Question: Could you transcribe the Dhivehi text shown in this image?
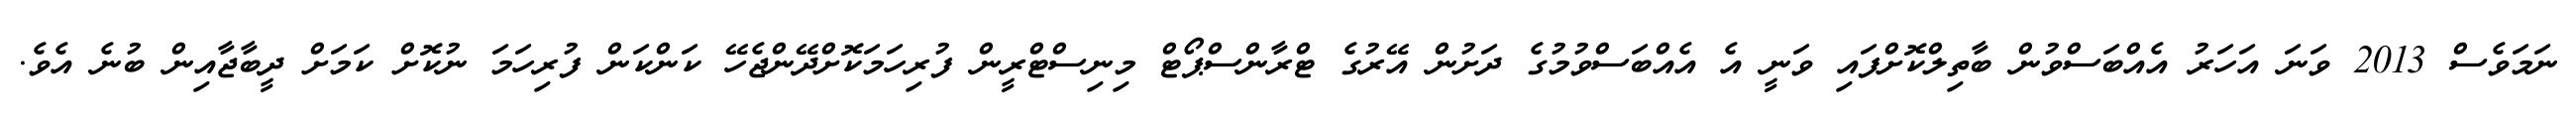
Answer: ނަމަވެސް 2013 ވަނަ އަހަރު އެއްބަސްވުން ބާތިލްކޮށްފައި ވަނީ އެ އެއްބަސްވުމުގެ ދަށުން އޭރުގެ ޓްރާންސްޕޯޓް މިނިސްޓްރީން ފުރިހަމަކޮށްދޭންޖެހޭ ކަންކަން ފުރިހަމަ ނުކޮށް ކަމަށް ދީބާޖާއިން ބުނެ އެވެ.